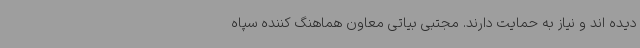
دیده اند و نیاز به حمایت دارند. مجتبی بیاتی معاون هماهنگ کننده سپاه